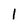
Character: 1